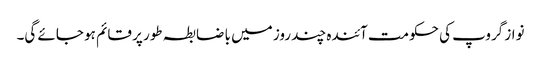
نواز گروپ کی حکومت آئندہ چند روز میں با ضابطہ طور پر قائم ہو جائے گی۔